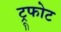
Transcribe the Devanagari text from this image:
ट्रूफोट